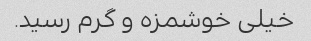
خیلی خوشمزه و گرم رسید.